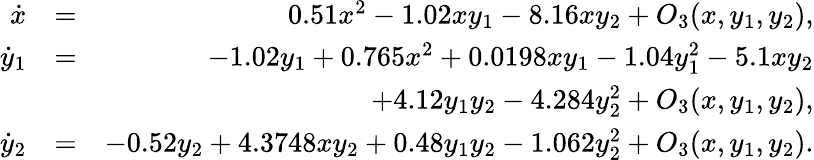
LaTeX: \begin{array}{rlr}{\dot{x}}&{=}&{0.51x^{2}-1.02xy_{1}-8.16xy_{2}+O_{3}(x,y_{1},y_{2}),}\\ {\dot{y}_{1}}&{=}&{-1.02y_{1}+0.765x^{2}+0.0198xy_{1}-1.04y_{1}^{2}-5.1xy_{2}}\\ &{}&{+4.12y_{1}y_{2}-4.284y_{2}^{2}+O_{3}(x,y_{1},y_{2}),}\\ {\dot{y}_{2}}&{=}&{-0.52y_{2}+4.3748xy_{2}+0.48y_{1}y_{2}-1.062y_{2}^{2}+O_{3}(x,y_{1},y_{2}).}\end{array}